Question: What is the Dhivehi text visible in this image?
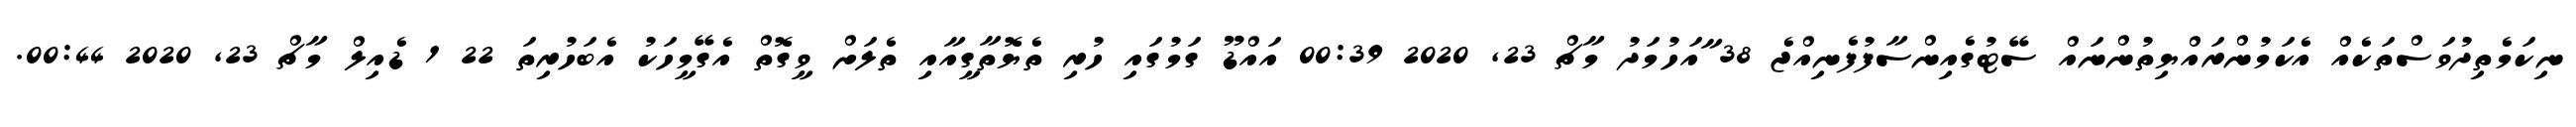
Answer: ނިކަމެތިދުވަސްތަކެއް އެކަމުންރައްޔިތުންނައް ސޭޓުގެއިންސާފުފެނިއްޖެ 38 ާއަހުމަދު މާޗް 23, 2020 00:39 އައްޑޫ ގަމުގައި ހުރި ތެޔޮތާގީއާއި ތެލަށް ވީގޮތް އެގޭމީހަކު އެބަހުރިތަ 22 1 ޑެއިލް މާޗް 23, 2020 00:44.